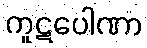
ကူဋပေါဏာ